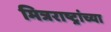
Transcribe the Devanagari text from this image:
मित्रराष्ट्रांच्या